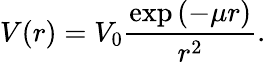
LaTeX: V(r)=V_{0}\frac{\exp{(-\mu r)}}{r^{2}}.